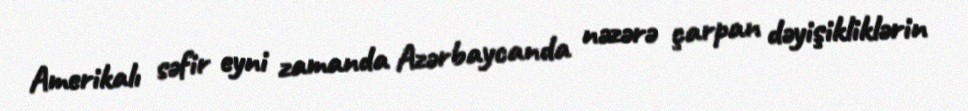
Amerikalı səfir eyni zamanda Azərbaycanda nəzərə çarpan dəyişikliklərin